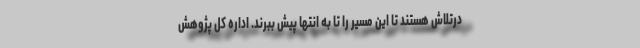
درتلاش هستند تا این مسیر را تا به انتها پیش ببرند. اداره کل پژوهش